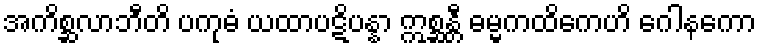
အကိစ္ဆလာဘီတိ ပကုဓံ ယထာပဋိပန္နာ ဣစ္ဆန္တီ ဓမ္မကထိကေဟိ ဂေါနကော